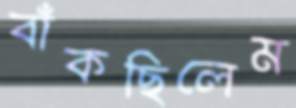
বাঁকছিলেম